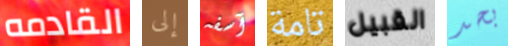
القادمه إلى آسفه تامة القبيل بحد